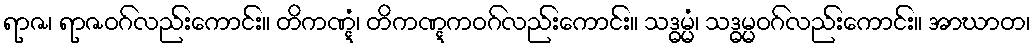
ရာဇ၊ ရာဇဝဂ်လည်းကောင်း။ တိကဏ္ဋံ၊ တိကဏ္ဋကဝဂ်လည်းကောင်း။ သဒ္ဓမ္မံ၊ သဒ္ဓမ္မဝဂ်လည်းကောင်း။ အာဃာတ၊